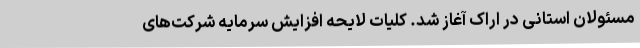
مسئولان استانی در اراک آغاز شد. کلیات لایحه افزایش سرمایه شرکت‌های